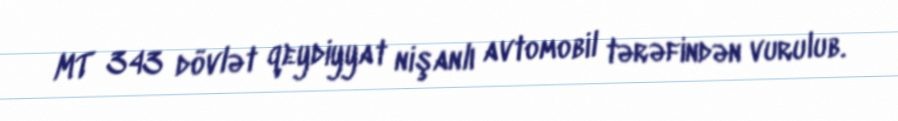
MT 343 dövlət qeydiyyat nişanlı avtomobil tərəfindən vurulub.